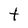
Character: t